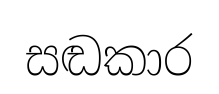
සඬකාර